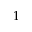
1